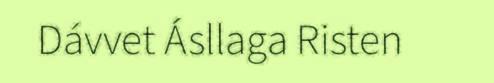
Dávvet Ásllaga Risten